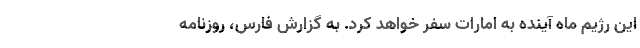
این رژیم ماه آینده به امارات سفر خواهد کرد. به گزارش فارس، روزنامه